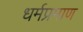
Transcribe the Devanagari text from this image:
धर्मप्रमाण